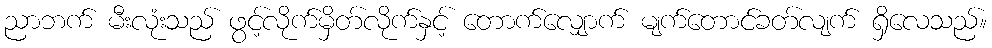
ညာဘက် မီးလုံးသည် ဖွင့်လိုက်မှိတ်လိုက်နှင့် တောက်လျှောက် မျက်တောင်ခတ်လျက် ရှိလေသည်။